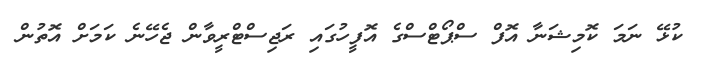
ކުޅޭ ނަމަ ކޮމިޝަނާ އޮފް ސްޕޯޓްސްގެ އޮފީހުގައި ރަޖިސްޓްރީވާން ޖެހޭނެ ކަމަށް އޮތުން